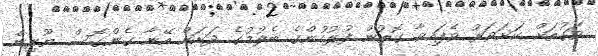
ވަގުތަށް ކަށަވަރު ވެފައިވާ ގޮތުން ފުލުހުންގެ ބެލުމުގެ ދަށަށް އޭނާ ގެންގޮސް ޔޫރިން